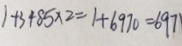
1 + 3 + 8 5 \times 2 = 1 + 6 9 7 0 = 6 9 7 1